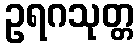
ဥရဂသုတ္တ